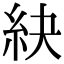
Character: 䊽